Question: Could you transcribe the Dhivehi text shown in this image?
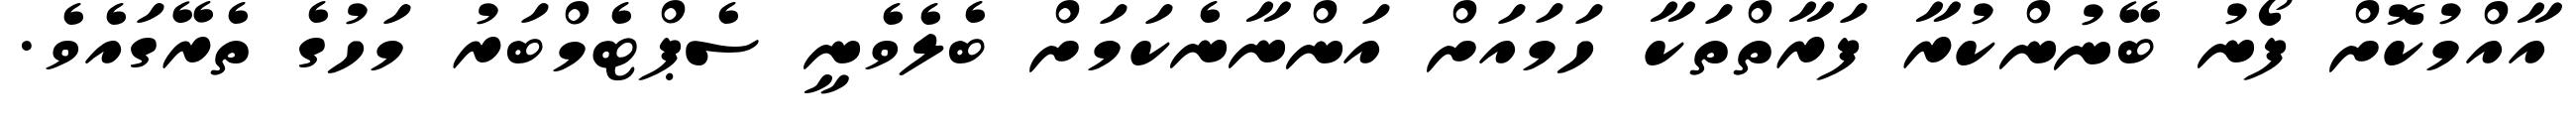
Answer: އާއްމުކޮށް ފޯނު ބޭނުންކުރާ ފަރާތްތަކާ ހަމައަށް އަންނާނެކަމަށް ބެލެވެނީ ސެޕްޓެމްބަރު މަހުގެ ތެރޭގައެވެ.